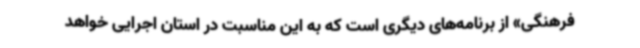
فرهنگی» از برنامه‌های دیگری است که به این مناسبت در استان اجرایی خواهد